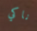
ناكي